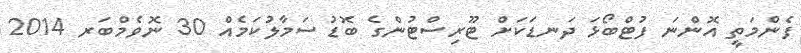
ފެންމަތީ އޮންނަ ފުޓްބޯޅަ ދަނޑަކަށް ޓޫރިސްޓުންގެ ބޮޑު ސަމާލުކަމެއް 30 ނޮވެމްބަރ 2014